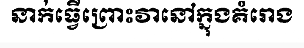
នាក់ធ្វើព្រោះវានៅក្នុងគំរោង